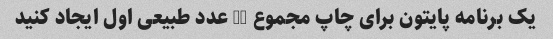
یک برنامه پایتون برای چاپ مجموع 25 عدد طبیعی اول ایجاد کنید